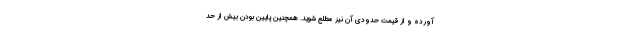
آورده و از قیمت حدودی آن نیز مطلع شوید. همچنین پایین بودن بیش از حد